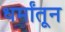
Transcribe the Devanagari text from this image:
धर्मांतून